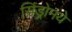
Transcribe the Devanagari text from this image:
सिंड्रोमये